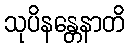
သုပိနန္တေနာတိ